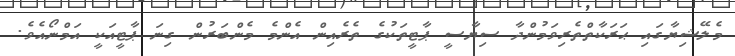
މެލޭޝިޔާގައި ޙަރަކާތްތެރިވަމުންދާ ސިޔާސީ ޕާޓީތަކުގެ ތެރެއިން އެންމެ މެންބަރުން ގިނަ ޕާޓީއަކީ އަމްނޯއެވެ.